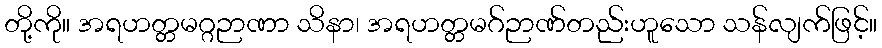
တို့ကို။ အရဟတ္တမဂ္ဂဉာဏာ သိနာ၊ အရဟတ္တမဂ်ဉာဏ်တည်းဟူသော သန်လျက်ဖြင့်။